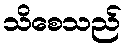
သိစေသည်